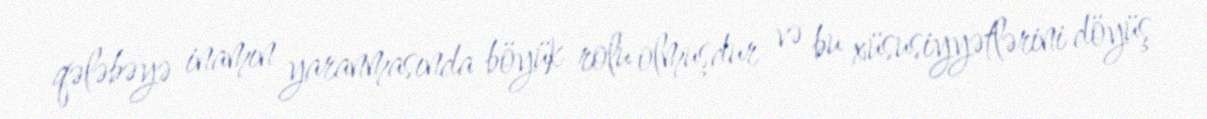
qələbəyə inamın yaranmasında böyük rolu olmuşdur və bu xüsusiyyətlərini döyüş